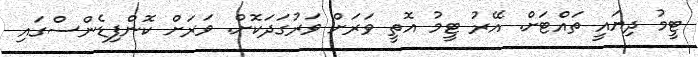
ޓީމު ދިޔައީ ތައްޓަށް. އޭރު ޓީމު އޮތީ ވަރަށް ވަރުގަދަކޮށް. ވަރަށް ކޮންފިޑެންސްގައި